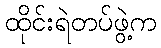
ထိုင်းရဲတပ်ဖွဲ့က